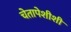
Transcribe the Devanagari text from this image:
चेतापेशीशी